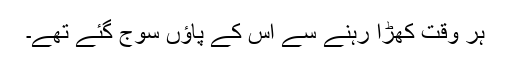
ہر وقت کھڑا رہنے سے اس کے پاؤں سُوج گئے تھے۔